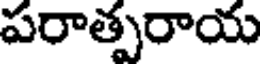
పరాత్పరాయ